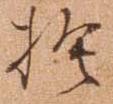
捨